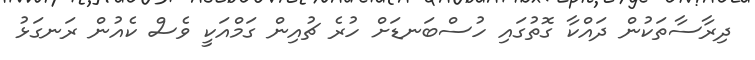
ދިރާސާތަކުން ދައްކާ ގޮތުގައި ހުސްބަނޑަށް ހުރެ ޗުއިން ގަމްއަކީ ވެސް ކެއުން ރަނގަޅު